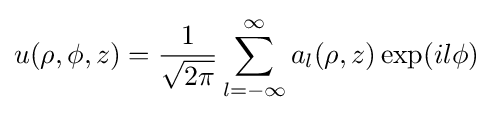
u(\rho ,\phi ,z)={\frac {1}{\sqrt {2\pi }}}\sum _{l=-\infty }^{\infty }a_{l}(\rho ,z)\exp(il\phi )